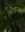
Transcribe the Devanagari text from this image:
लोकरत्न